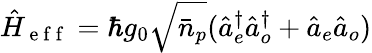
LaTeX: \hat{H}_{\mathrm{~e~f~f~}}=\hbar g_{0}\sqrt{\bar{n}_{p}}(\hat{a}_{e}^{\dagger}\hat{a}_{o}^{\dagger}+\hat{a}_{e}\hat{a}_{o})